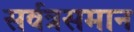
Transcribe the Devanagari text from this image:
सर्वत्रसमान